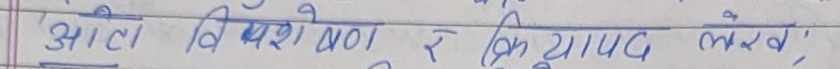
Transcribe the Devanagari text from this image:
आटो विशेषण र क्रियापद लेख,